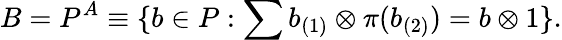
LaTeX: B=P^{A}\equiv\{ b\in P:\sum b_{(1)}\otimes\pi(b_{(2)})=b\otimes 1\} .